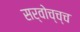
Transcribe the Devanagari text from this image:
सर्वोच्च्च